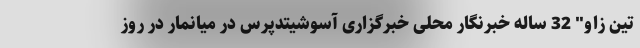
تین زاو" 32 ساله خبرنگار محلی خبرگزاری آسوشیتدپرس در میانمار در روز